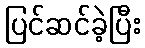
ပြင်ဆင်ခဲ့ပြီး